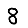
Digit: 8